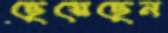
ছেয়েছেন